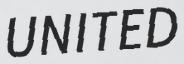
UNITED